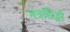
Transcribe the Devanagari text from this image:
मंत्रसिद्धी